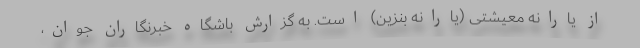
از یارانه معیشتی (یارانه بنزین) است. به گزارش باشگاه خبرنگاران جوان،